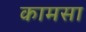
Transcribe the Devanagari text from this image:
कामसा